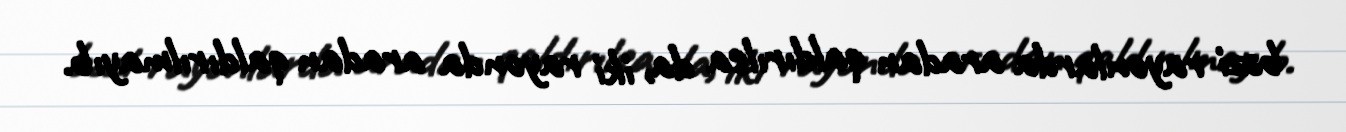
bəzi rayonlarda aradan qaldırılsa da, iki rayonda aradan qaldırılmayıb.